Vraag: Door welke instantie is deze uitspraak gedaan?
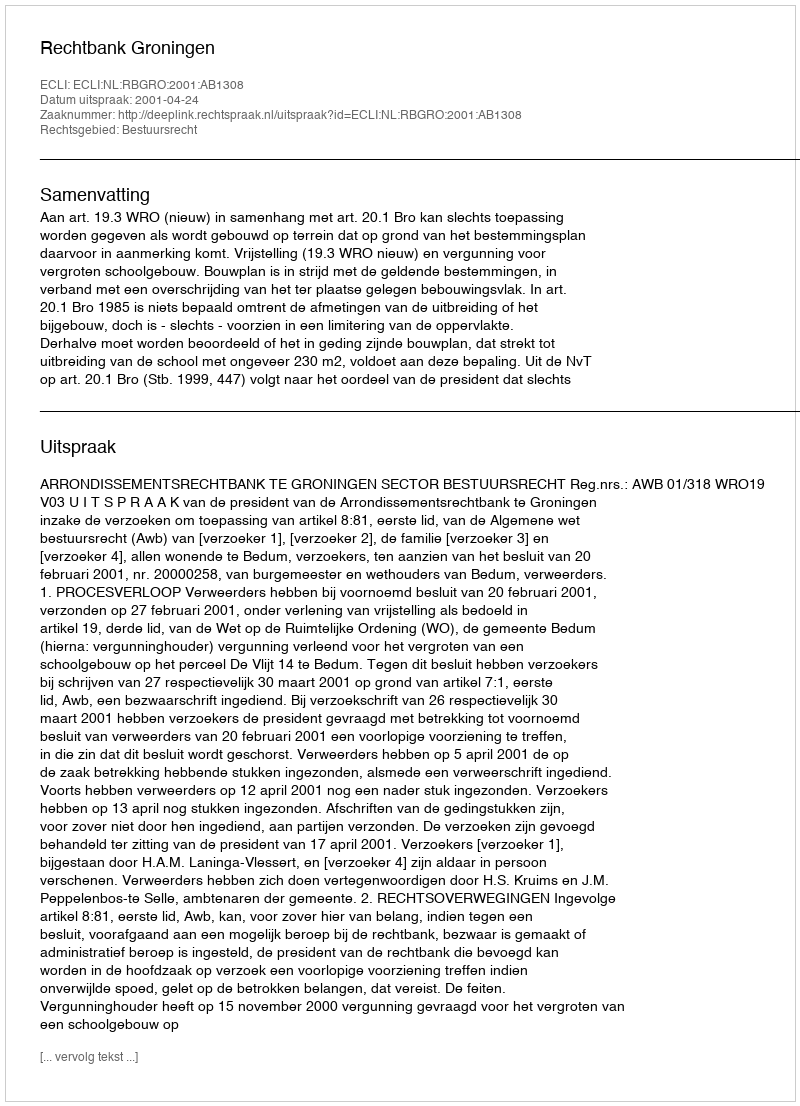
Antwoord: Rechtbank Groningen